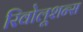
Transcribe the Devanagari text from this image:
रिवोलूशन्स